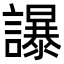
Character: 𧭤